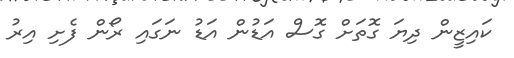
ކައިޒީން ދިޔަ ގޮތަށް ގޮސް އަޑުން އަޑު ނަގައި ރޯން ފެށި އިރު